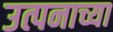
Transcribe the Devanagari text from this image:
उत्पनाच्या